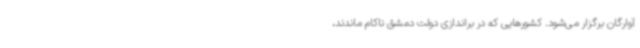
آوارگان برگزار می‌شود. کشورهایی که در براندازی دولت دمشق ناکام ماندند،